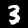
Digit: 3